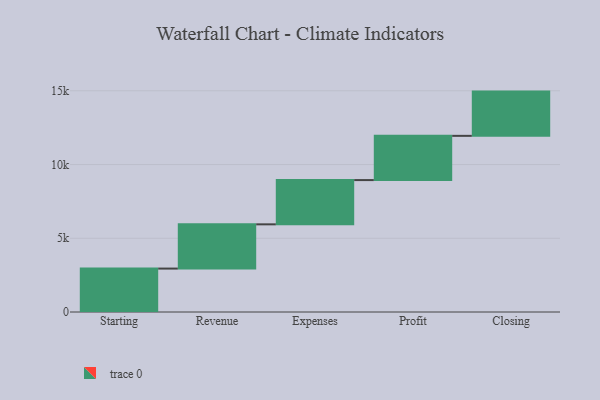
{"axis": {"x": "Step", "y": "Value"}, "legend": [""], "data": [{"x": "Starting", "y": 2944.0, "type": ""}, {"x": "Revenue", "y": 3000, "type": ""}, {"x": "Expenses", "y": 3000, "type": ""}, {"x": "Profit", "y": 3000, "type": ""}, {"x": "Closing", "y": 3000, "type": ""}]}